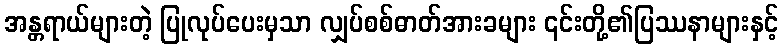
အန္တရာယ်များတဲ့ ပြုလုပ်ပေးမှသာ လျှပ်စစ်ဓာတ်အားခများ ၎င်းတို့၏ပြဿနာများနှင့်